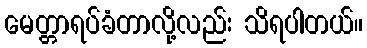
မေတ္တာရပ်ခံတာလို့လည်း သိရပါတယ်။